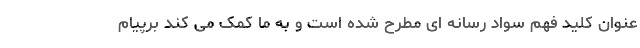
عنوان کلید فهم سواد رسانه ای مطرح شده است و به ما کمک می کند برپیام